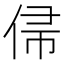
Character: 𬾙